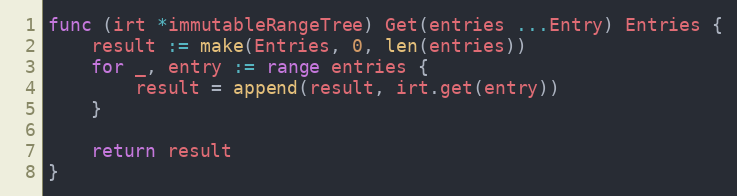
Language: Go
func (irt *immutableRangeTree) Get(entries ...Entry) Entries {
	result := make(Entries, 0, len(entries))
	for _, entry := range entries {
		result = append(result, irt.get(entry))
	}

	return result
}